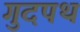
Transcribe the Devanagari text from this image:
गुदपथ